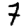
Digit: 7